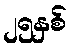
၂၅နှစ်